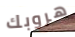
هروبك